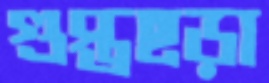
গুপ্তছড়া